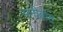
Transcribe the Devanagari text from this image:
मनीहोट